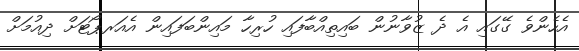
އެހެންވެ ގޭގައި އެ ދެ ޒުވާނުން ބައިތިއްބާފައި ހުރިހާ މައިންބަފައިން އެއަރޕޯޓަށް ދިއުމަށް